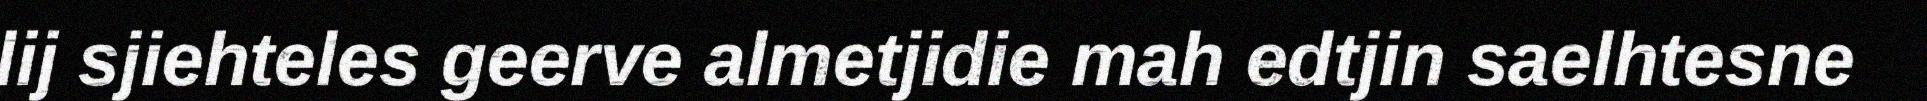
lij sjiehteles geerve almetjidie mah edtjin saelhtesne